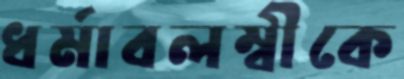
ধর্মাবলম্বীকে